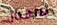
بالقتال